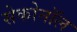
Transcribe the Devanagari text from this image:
सेकोनॉल